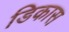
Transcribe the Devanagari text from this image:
डिकास